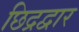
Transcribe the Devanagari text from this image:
छिद्रद्वार